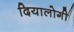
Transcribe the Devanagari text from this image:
दियालोगी